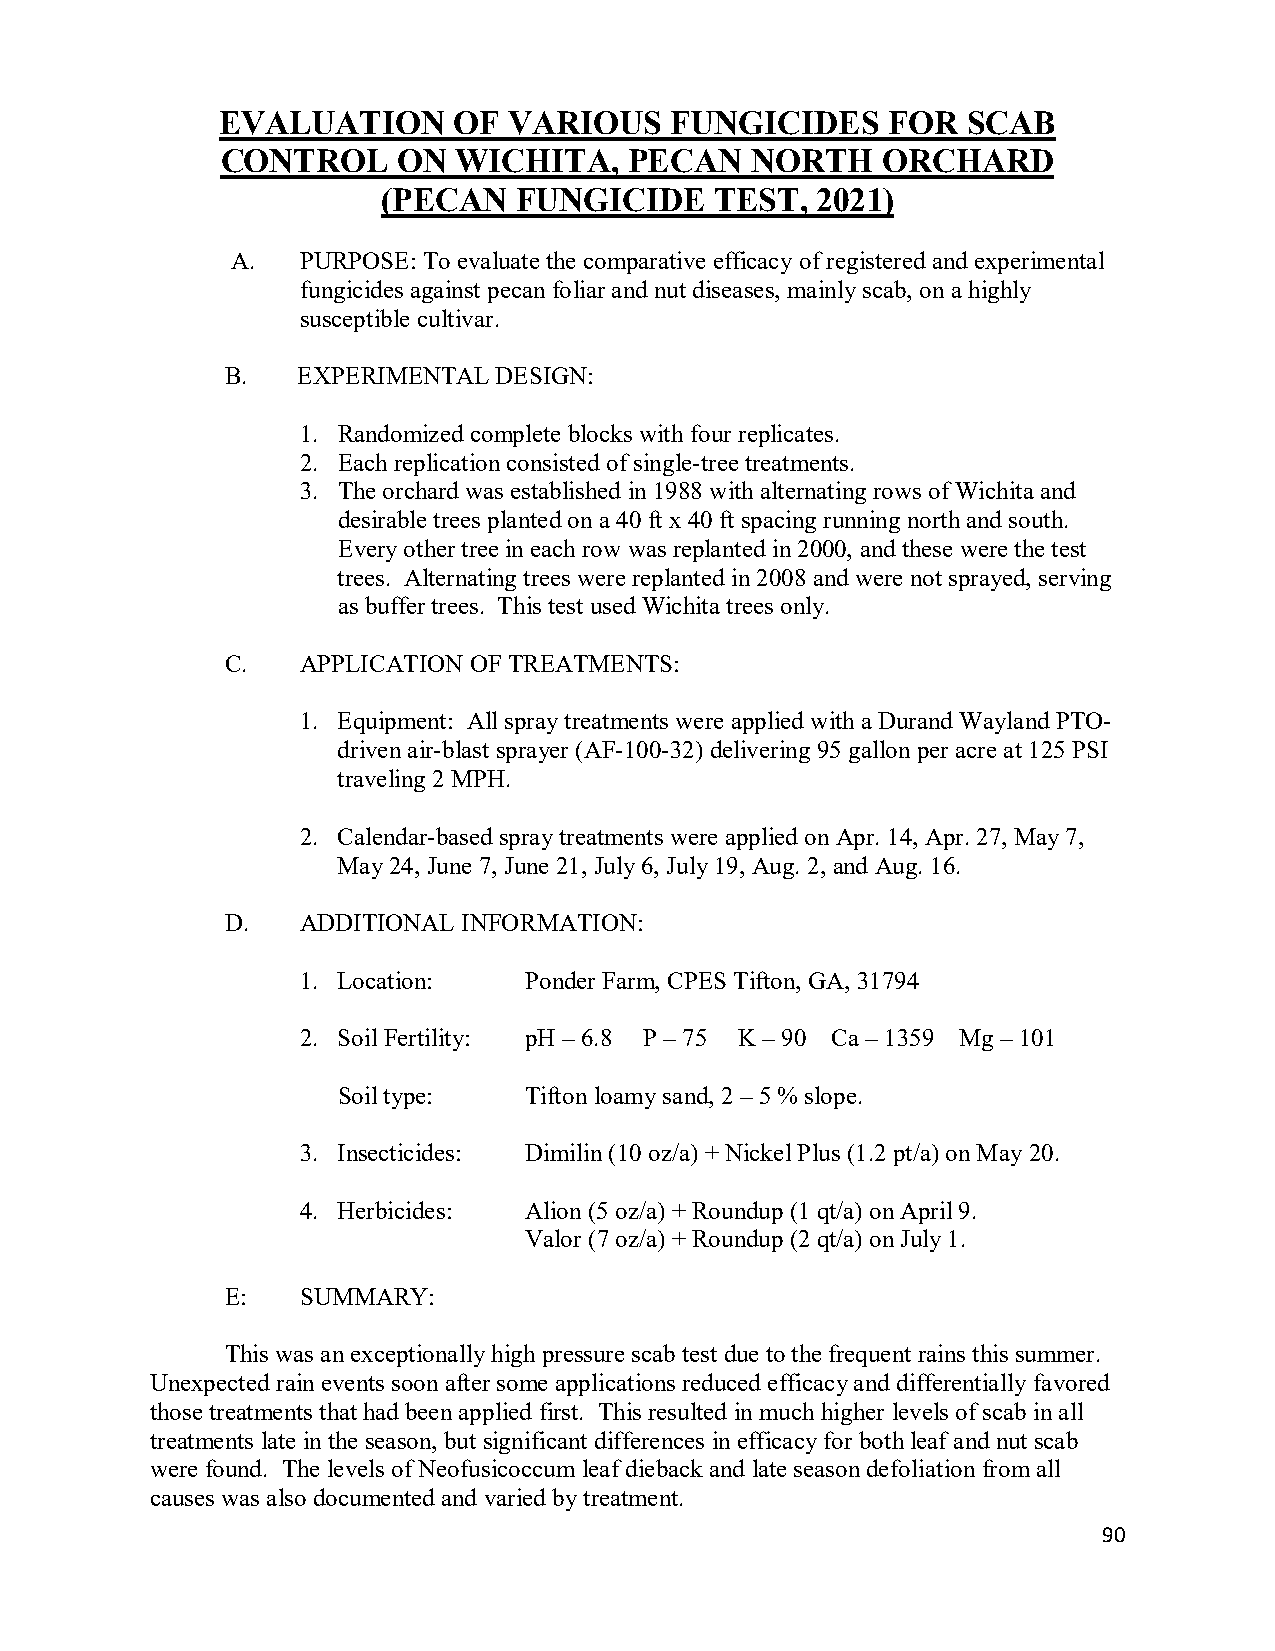
EVALUATION      OF  VARIOUS   FUNGICIDES     FOR  SCAB
 CONTROL    ON  WICHITA,    PECAN   NORTH   ORCHARD
 (PECAN   FUNGICIDE    TEST,  2021)
 A.   PURPOSE: To evaluate the comparative efficacy of registered and experimental
 fungicides against pecan foliar and nut diseases, mainly scab, on a highly
 susceptible cultivar.
 B.   EXPERIMENTAL DESIGN:
 1. Randomized complete blocks with four replicates.
 2. Each replication consisted of single-tree treatments.
 3. The orchard was established in 1988 with alternating rows of Wichita and
 desirable trees planted on a 40 ft x 40 ft spacing running north and south.
 Every other tree in each row was replanted in 2000, and these were the test
 trees. Alternating trees were replanted in 2008 and were not sprayed, serving
 as buffer trees. This test used Wichita trees only.
 C.   APPLICATION OF TREATMENTS:
 1. Equipment: All spray treatments were applied with a Durand Wayland PTO-
 driven air-blast sprayer (AF-100-32) delivering 95 gallon per acre at 125 PSI
 traveling 2 MPH.
 2. Calendar-based spray treatments were applied on Apr. 14, Apr. 27, May 7,
 May 24, June 7, June 21, July 6, July 19, Aug. 2, and Aug. 16.
 D.   ADDITIONAL INFORMATION:
 1. Location:   Ponder Farm, CPES Tifton, GA, 31794
 2. Soil Fertility: pH – 6.8 P – 75 K – 90 Ca – 1359 Mg – 101
 Soil type:   Tifton loamy sand, 2 – 5 % slope.
 3. Insecticides: Dimilin (10 oz/a) + Nickel Plus (1.2 pt/a) on May 20.
 4. Herbicides: Alion (5 oz/a) + Roundup (1 qt/a) on April 9.
 Valor (7 oz/a) + Roundup (2 qt/a) on July 1.
 E:   SUMMARY:
 This was an exceptionally high pressure scab test due to the frequent rains this summer.
 Unexpected rain events soon after some applications reduced efficacy and differentially favored
 those treatments that had been applied first. This resulted in much higher levels of scab in all
 treatments late in the season, but significant differences in efficacy for both leaf and nut scab
 were found. The levels of Neofusicoccum leaf dieback and late season defoliation from all
 causes was also documented and varied by treatment.
 90